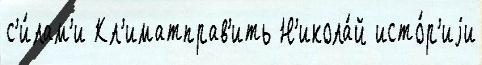
с'и́лам'и Кл'иматправ'ить Н'икола́й исто́р'иjи